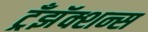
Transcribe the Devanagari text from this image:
ट्रँझॅक्शन्स